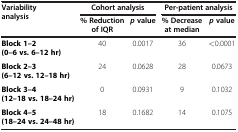
<table><thead><tr><td rowspan="2"><b>Variability analysis</b></td><td colspan="2"><b>Cohort analysis</b></td><td colspan="2"><b>Per-patient analysis</b></td></tr><tr><td><b>% Reduction of IQR</b></td><td><b><i>p </i>value</b></td><td><b>% Decrease at median</b></td><td><b><i>p </i>value</b></td></tr></thead><tbody><tr><td><b>Block 1–2 (0–6 vs. 6–12 hr)</b></td><td>40</td><td>0.0017</td><td>36</td><td>&lt;0.0001</td></tr><tr><td><b>Block 2–3 (6–12 vs. 12–18 hr)</b></td><td>24</td><td>0.0628</td><td>28</td><td>0.0673</td></tr><tr><td><b>Block 3–4 (12–18 vs. 18–24 hr)</b></td><td>0</td><td>0.0931</td><td>9</td><td>0.1032</td></tr><tr><td><b>Block 4–5 (18–24 vs. 24–48 hr)</b></td><td>18</td><td>0.1682</td><td>14</td><td>0.1075</td></tr></tbody></table>